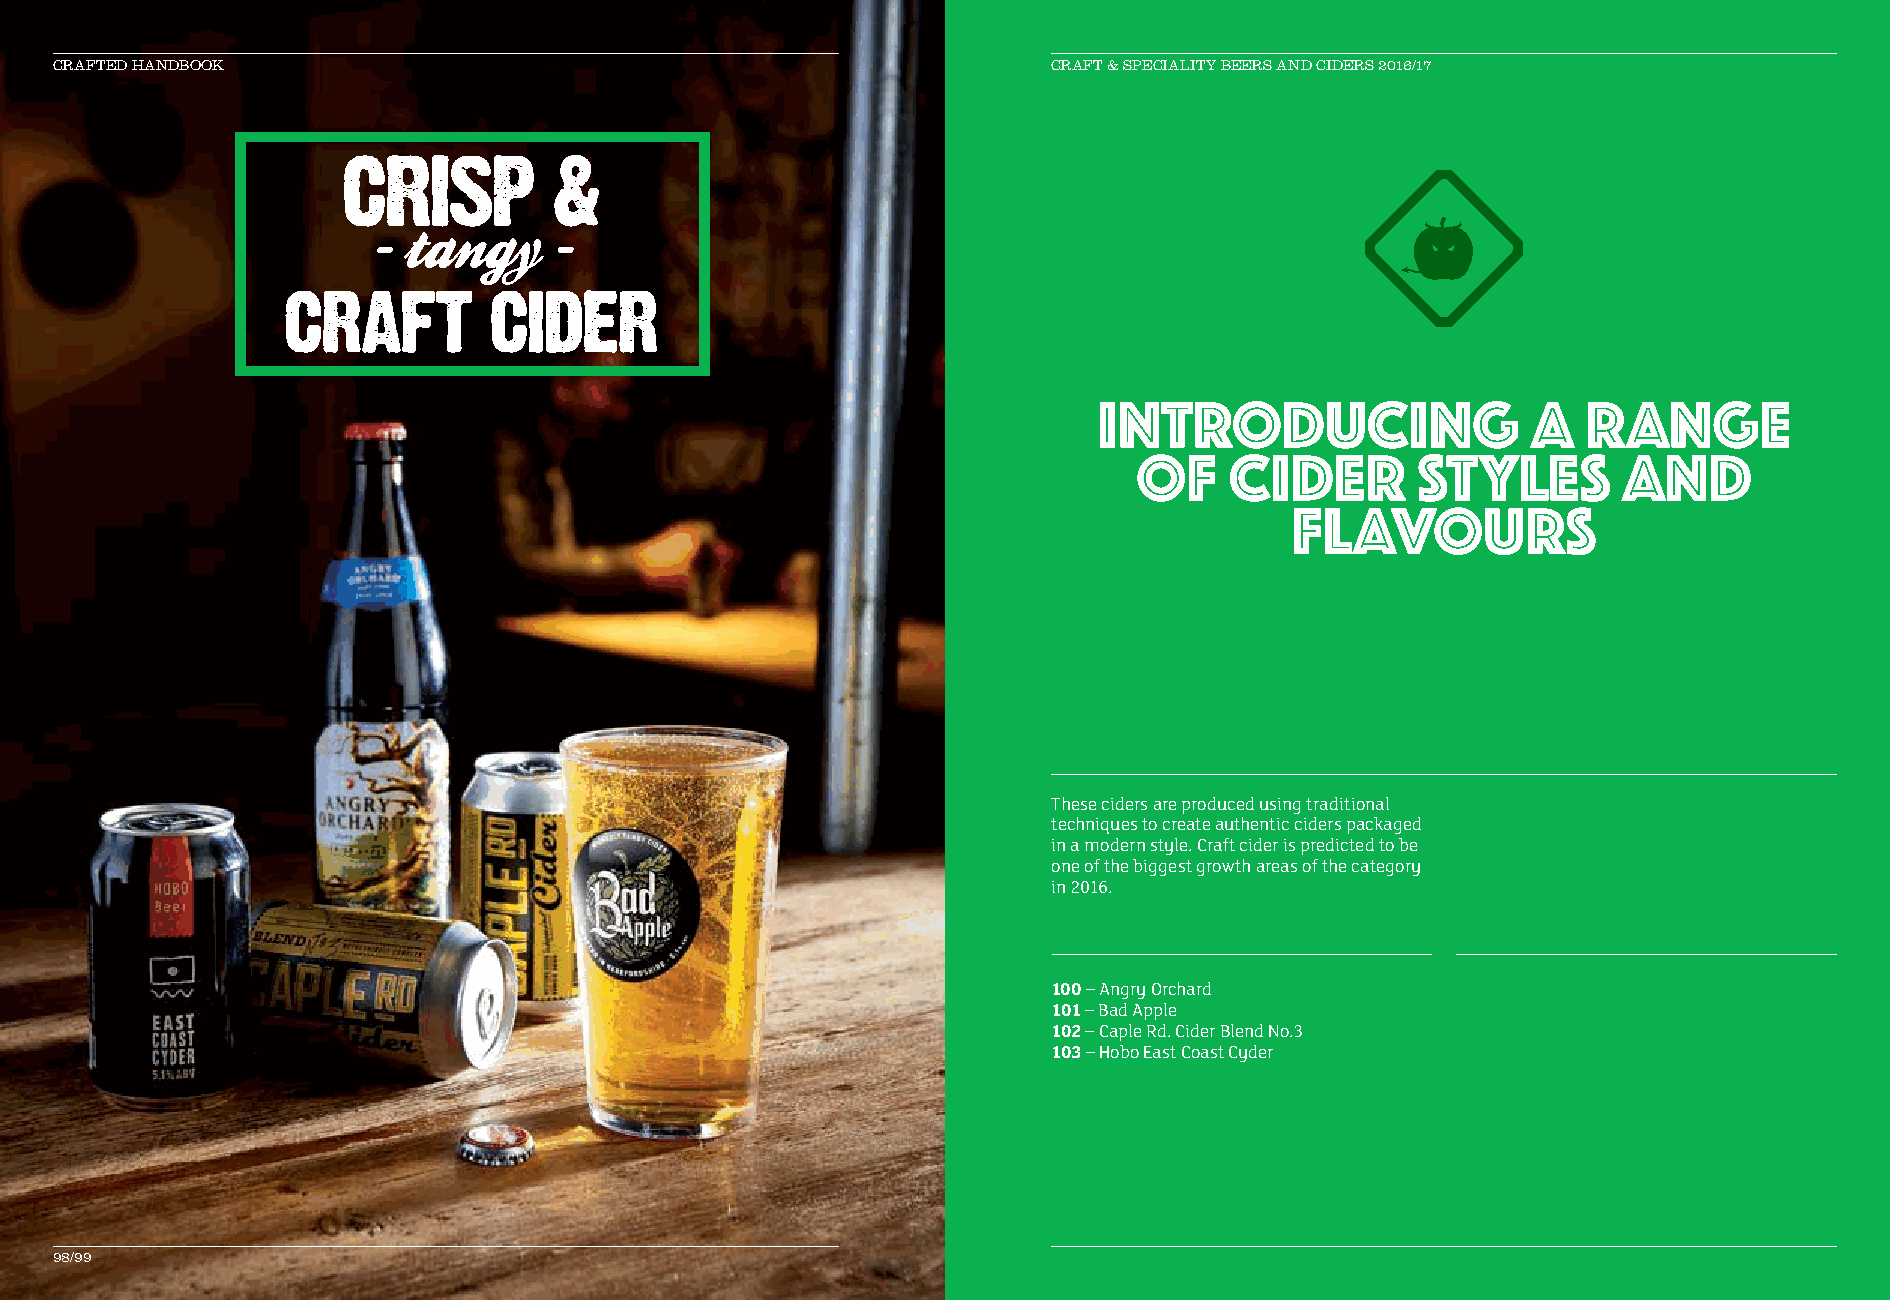
CRAFTED HANDBOOK                                                  CCRRAAFFTT && SSPPEECCIIAALLIITTYY BBEEEERRSS AANNDD CCIIDDEERRSS 22001166//1177
 Introducing                 a   range
 of    cider        styles       and
 flavours
 These ciders are produced using traditional
 techniques to create authentic ciders packaged
 in a modern style. Craft cider is predicted to be
 one of the biggest growth areas of the category
 in 2016.
 100 – Angry Orchard
 101 – Bad Apple
 102 – Caple Rd. Cider Blend No.3
 103 – Hobo East Coast Cyder
 98/99